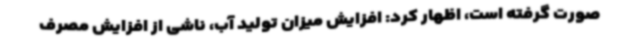
صورت گرفته است، اظهار کرد: افزایش میزان تولید آب، ناشی از افزایش مصرف